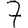
Digit: 7